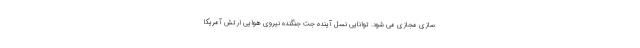
سازی مجازی می شود. توانایی نسل آینده جت جنگنده نیروی هوایی ارتش آمریکا